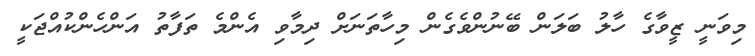
މިވަނީ ޒީވާގެ ހާލު ބަލަން ބޭނުންވެގެން މިހާތަނަށް ދިމާވި އެންމެ ތަފާތު އަންހެންކުއްޖަކީ